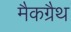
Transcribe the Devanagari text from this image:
मैकग्रैथ